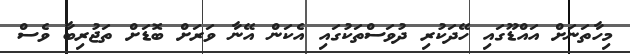
މިހާތަނަށް އައްޑޫގައި ހޭދަކުރި ދުވަސްތަކުގައި އެކަން އޭނާ ވަރަށް ބޮޑަށް ތަޖުރިބާ ވެސް